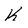
Character: K